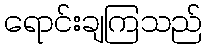
ရောင်းချကြသည်